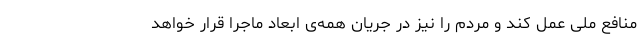
منافع ملی عمل کند و مردم را نیز در جریان همه‌ی ابعاد ماجرا قرار خواهد